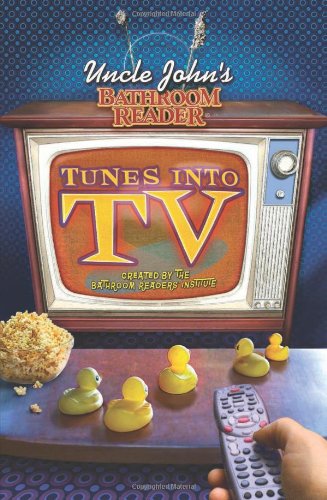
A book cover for Uncle John's Bathroom Reader Tunes into TV; Bathroom Readers' Institute; Humor & Entertainment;